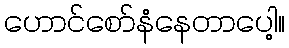
ဟောင်စော်နံနေတာပေါ့။